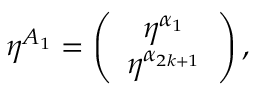
\eta ^ { A _ { 1 } } = \left( \begin{array} { c } { { \eta ^ { \alpha _ { 1 } } } } \\ { { \eta ^ { \alpha _ { 2 k + 1 } } } } \end{array} \right) ,